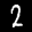
Label: 2